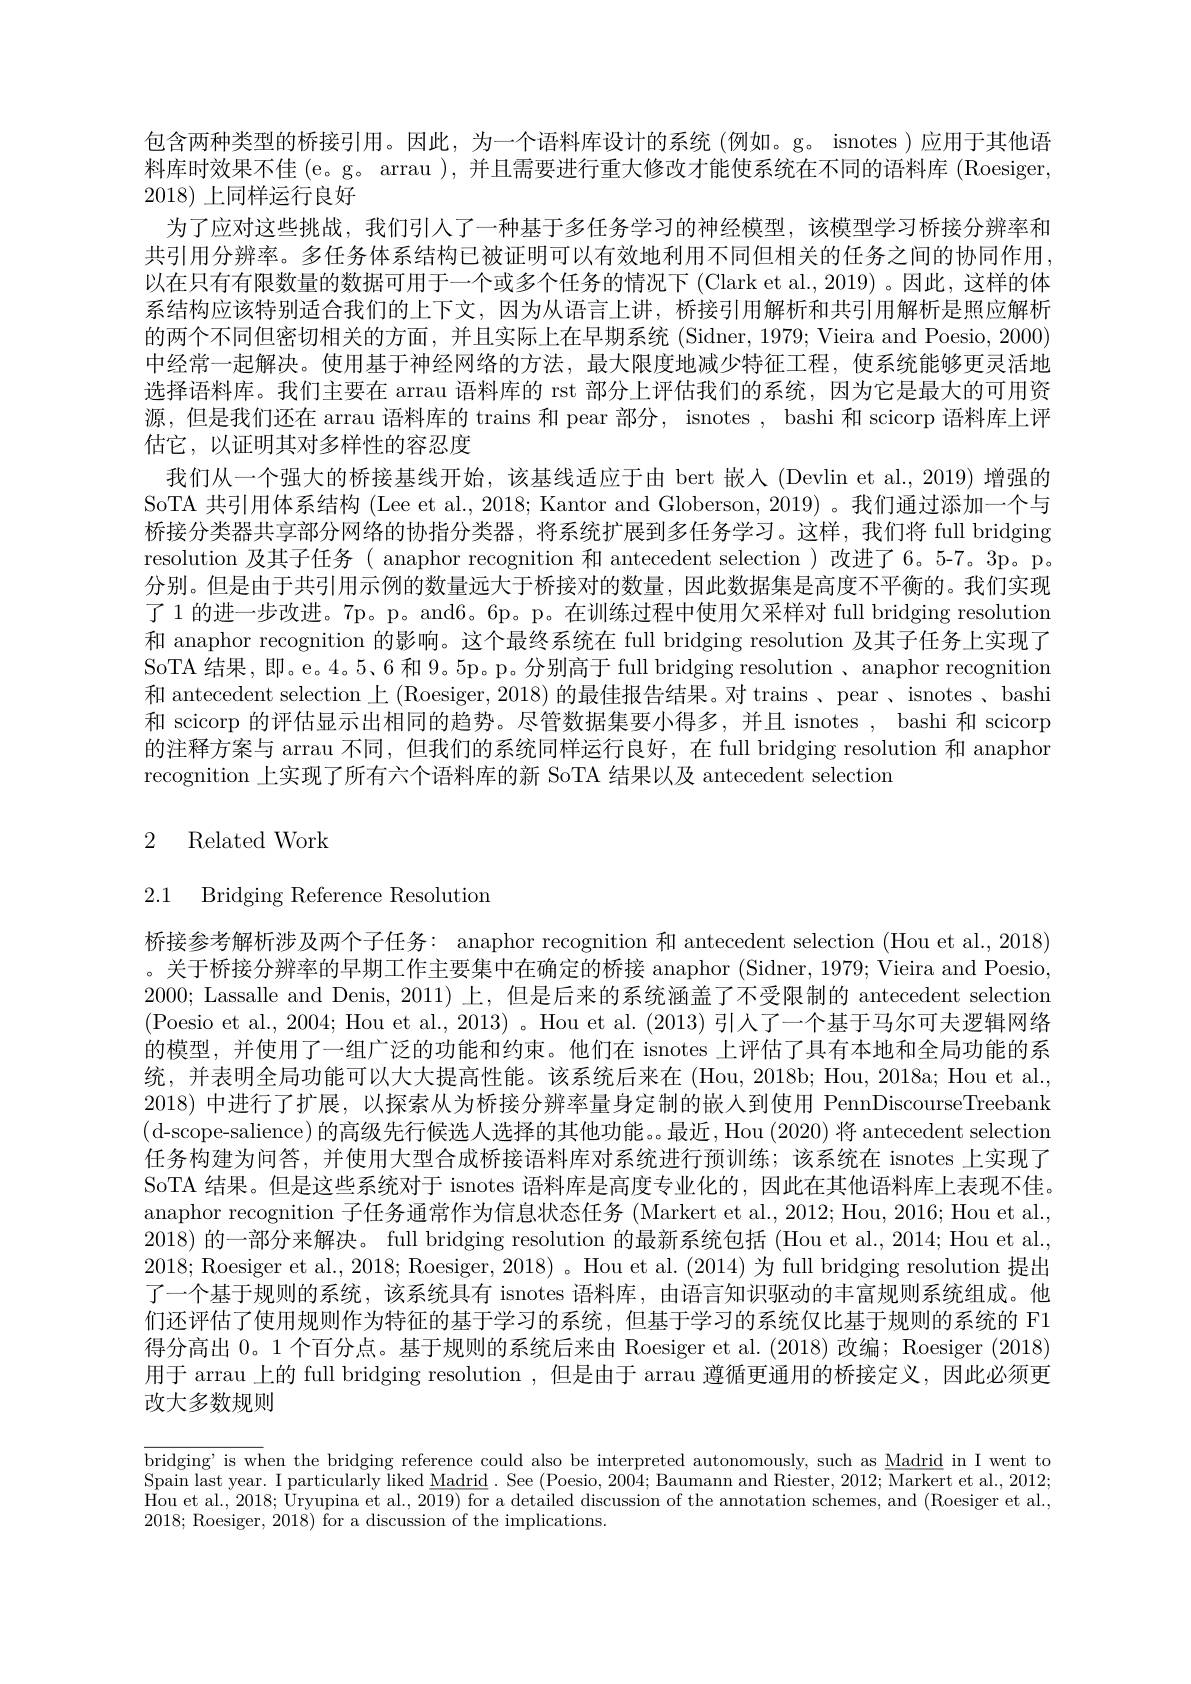
包含两种类型的桥接引用。因此，为一个语料库设计的系统 (例如。g。isnotes)应用于其他语料库时效果不佳 (e。g。arrau ),并且需要进行重大修改才能使系统在不同的语料库 (Roesiger, 2018)上同样运行良好
为了应对这些挑战，我们引人了一种基于多任务学习的神经模型，该模型学习桥接分辨率和共引用分辨率。多任务体系结构已被证明可以有效地利用不同但相关的任务之间的协同作用以在只有有限数量的数据可用于一个或多个任务的情况下 (Clark et al., 2019) 。因此，这样的体系结构应该特别适合我们的上下文，因为从语言上讲，桥接引用解析和共引用解析是照应解析的两个不同但密切相关的方面，并且实际上在早期系统(Sidner,1979;Vieira and Poesio, 2000) 中经常一起解决。使用基于神经网络的方法，最大限度地减少特征工程，使系统能够更灵活地选择语料库。我们主要在 arrau 语料库的 rst 部分上评估我们的系统，因为它是最大的可用资源，但是我们还在 arrau 语料库的 trains 和 pear 部分，isnotes , bashi 和 scicorp 语料库上评估它，以证明其对多样性的容忍度
我们从一个强大的桥接基线开始，该基线适应于由 bert 嵌人 (Devlin et al.,2019) 增强的SoTA 共引用体系结构 (Lee et al., 2018; Kantor and Globerson, 2019)。我们通过添加一个与桥接分类器共享部分网络的协指分类器，将系统扩展到多任务学习。这样，我们将 full bridging resolution 及其子任务( anaphor recognition 和 antecedent selection)改进了6。5-7。3p。p。分别。但是由于共引用示例的数量远大于桥接对的数量，因此数据集是高度不平衡的。我们实现了 1 的进一步改进。7p。p。and6。6p。p。在训练过程中使用欠采样对 full bridging resolution 和 anaphor recognition 的影响。这个最终系统在 full bridging resolution 及其子任务上实现了SoTA 结果，即。e。4。5、6 和 9。5p。p。分别高于 full bridging resolution 、anaphor recognition 和 antecedent selection 上(Roesiger, 2018) 的最佳报告结果。对 trains 、pear 、isnotes 、bashi 和 scicorp 的评估显示出相同的趋势。尽管数据集要小得多，并且 isnotes , bashi 和 scicorp 的注释方案与 arrau 不同，但我们的系统同样运行良好，在 full bridging resolution 和 anaphor recognition 上实现了所有六个语料库的新 SoTA 结果以及 antecedent selection

## 2 Related Work

2.1 Bridging Reference Resolution

桥接参考解析涉及两个子任务：anaphor recognition 和 antecedent selection (Hou et al., 2018) 。关于桥接分辨率的早期工作主要集中在确定的桥接 anaphor (Sidner, 1979; Vieira and Poesio, 2000; Lassalle and Denis, 2011) 上，但是后来的系统涵盖了不受限制的 antecedent selection (Poesio et al., 2004; Hou et al., 2013)。Hou et al. (2013) 引人了一个基于马尔可夫逻辑网络的模型，并使用了一组广泛的功能和约束。他们在 isnotes 上评估了具有本地和全局功能的系统，并表明全局功能可以大大提高性能。该系统后来在 (Hou, 2018b; Hou, 2018a; Hou et al., 2018)中进行了扩展，以探索从为桥接分辨率量身定制的嵌人到使用 PennDiscourseTreebank (d-scope-salience) 的高级先行候选人选择的其他功能。。最近，Hou (2020)将 antecedent selection 任务构建为问答，并使用大型合成桥接语料库对系统进行预训练；该系统在 isnotes 上实现了SoTA 结果。但是这些系统对于 isnotes 语料库是高度专业化的，因此在其他语料库上表现不佳anaphor recognition 子任务通常作为信息状态任务 (Markert et al., 2012; Hou, 2016; Hou et al., 2018)的一部分来解决。full bridging resolution 的最新系统包括 (Hou et al., 2014; Hou et al., 2018; Roesiger et al., 2018; Roesiger, 2018) 。Hou et al. (2014) 为 full bridging resolution 提出了一个基于规则的系统，该系统具有 isnotes 语料库，由语言知识驱动的丰富规则系统组成。他们还评估了使用规则作为特征的基于学习的系统，但基于学习的系统仅比基于规则的系统的 F1得分高出 0。1 个百分点。基于规则的系统后来由 Roesiger et al.(2018)改编；Roesiger (2018) 用于 arrau 上的 full bridging resolution ,但是由于 arrau 遵循更通用的桥接定义，因此必须更改大多数规则

$\overline{\text{bridging' is when the bridging reference could also be interpreted autonomously, such as Madrid in I went to}}$ $\bar{\text{Spain last year. I particularly liked Madrid}}.$ See $(\bar{\text{Poesio, 2004; Baumann and Riester, 2012; Markert et al., 2012;}}$ Hou et al., 2018; Uryupina et al., 2019) for a detailed discussion of the annotation schemes, and (Roesiger et al., 2018; Roesiger, 2018) for a discussion of the implications.